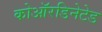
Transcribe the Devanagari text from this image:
कोऑरडिनेटेड